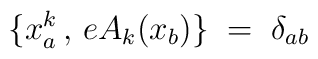
\{ x_a^k \,,\, e A_k (x_b) \} \;=\; \delta_{ab}